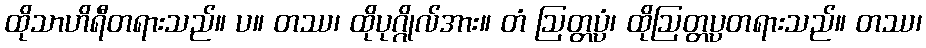
ထိုသာဟိရီတရားသည်။ ပ။ တဿ၊ ထိုပုဂ္ဂိုလ်အား။ တံ ဩတ္တပ္ပံ၊ ထိုဩတ္တပ္ပတရားသည်။ တဿ၊